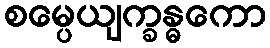
စမ္ပေယျက္ခန္ဓကော